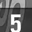
Digit: 5